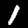
Digit: 1